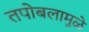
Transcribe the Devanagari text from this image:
तपोबलामुळे